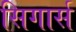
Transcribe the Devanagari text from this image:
सिगार्स